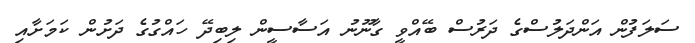
ސަލަފުން އަންދަލުސްގެ ދަރުސް ބޭއްވީ ގާނޫނު އަސާސީން ލިބިދޭ ހައްގުގެ ދަށުން ކަމަށާއި